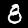
Digit: 8